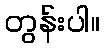
တွန်းပါ။